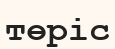
төріс